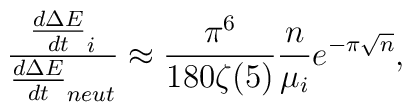
\frac{ \frac{d\Delta E}{dt}_{i}}{ \frac{d\Delta    E}{dt}_{neut}} \approx \frac{\pi^6}{180 \zeta(5)} \frac{n}{\mu_{i}} e^{- \pi \sqrt{n}},